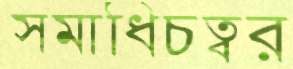
সমাধিচত্বর